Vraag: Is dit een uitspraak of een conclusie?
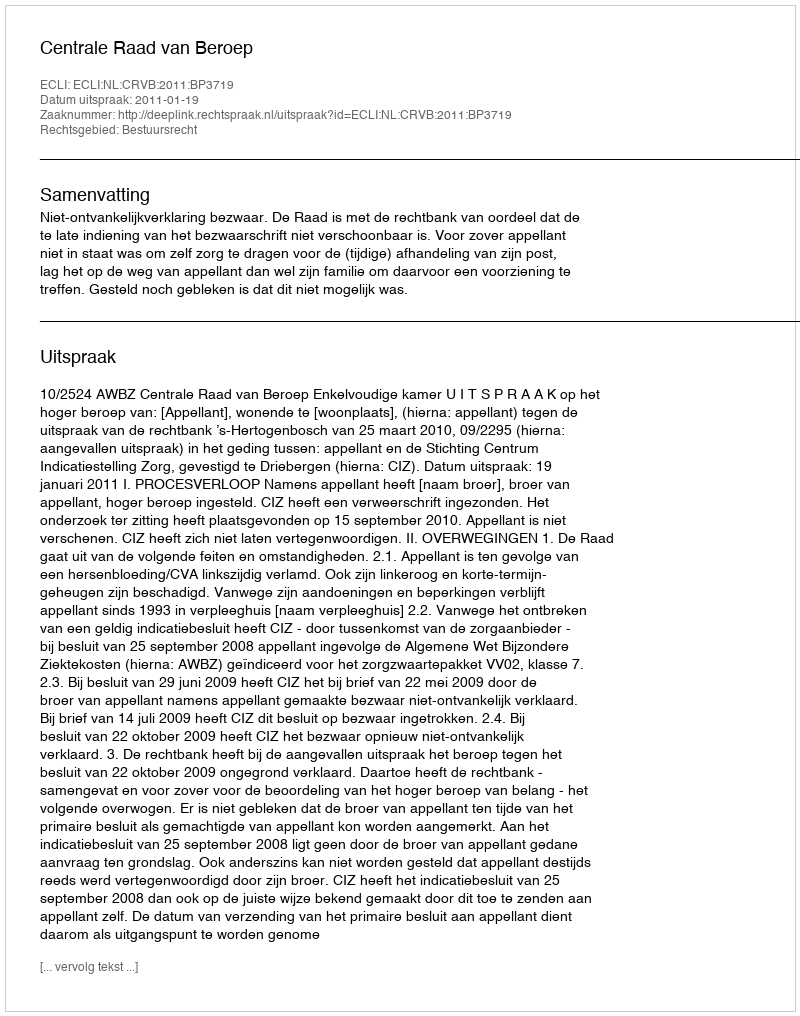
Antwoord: Uitspraak